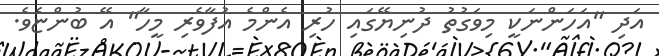
އަދި "އަހަންނަކީ މިވަގުތު ދުނިޔޭގައި ހުރި އެންމެ އުފާވެރި މީހާ" އޭ ބުންޏެވެ.